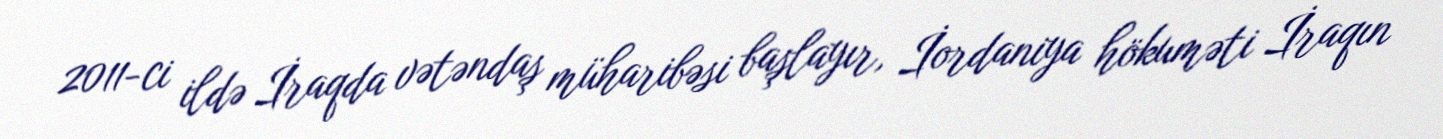
2011-ci ildə İraqda vətəndaş müharibəsi başlayır, İordaniya hökuməti İraqın